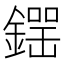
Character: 𨫘